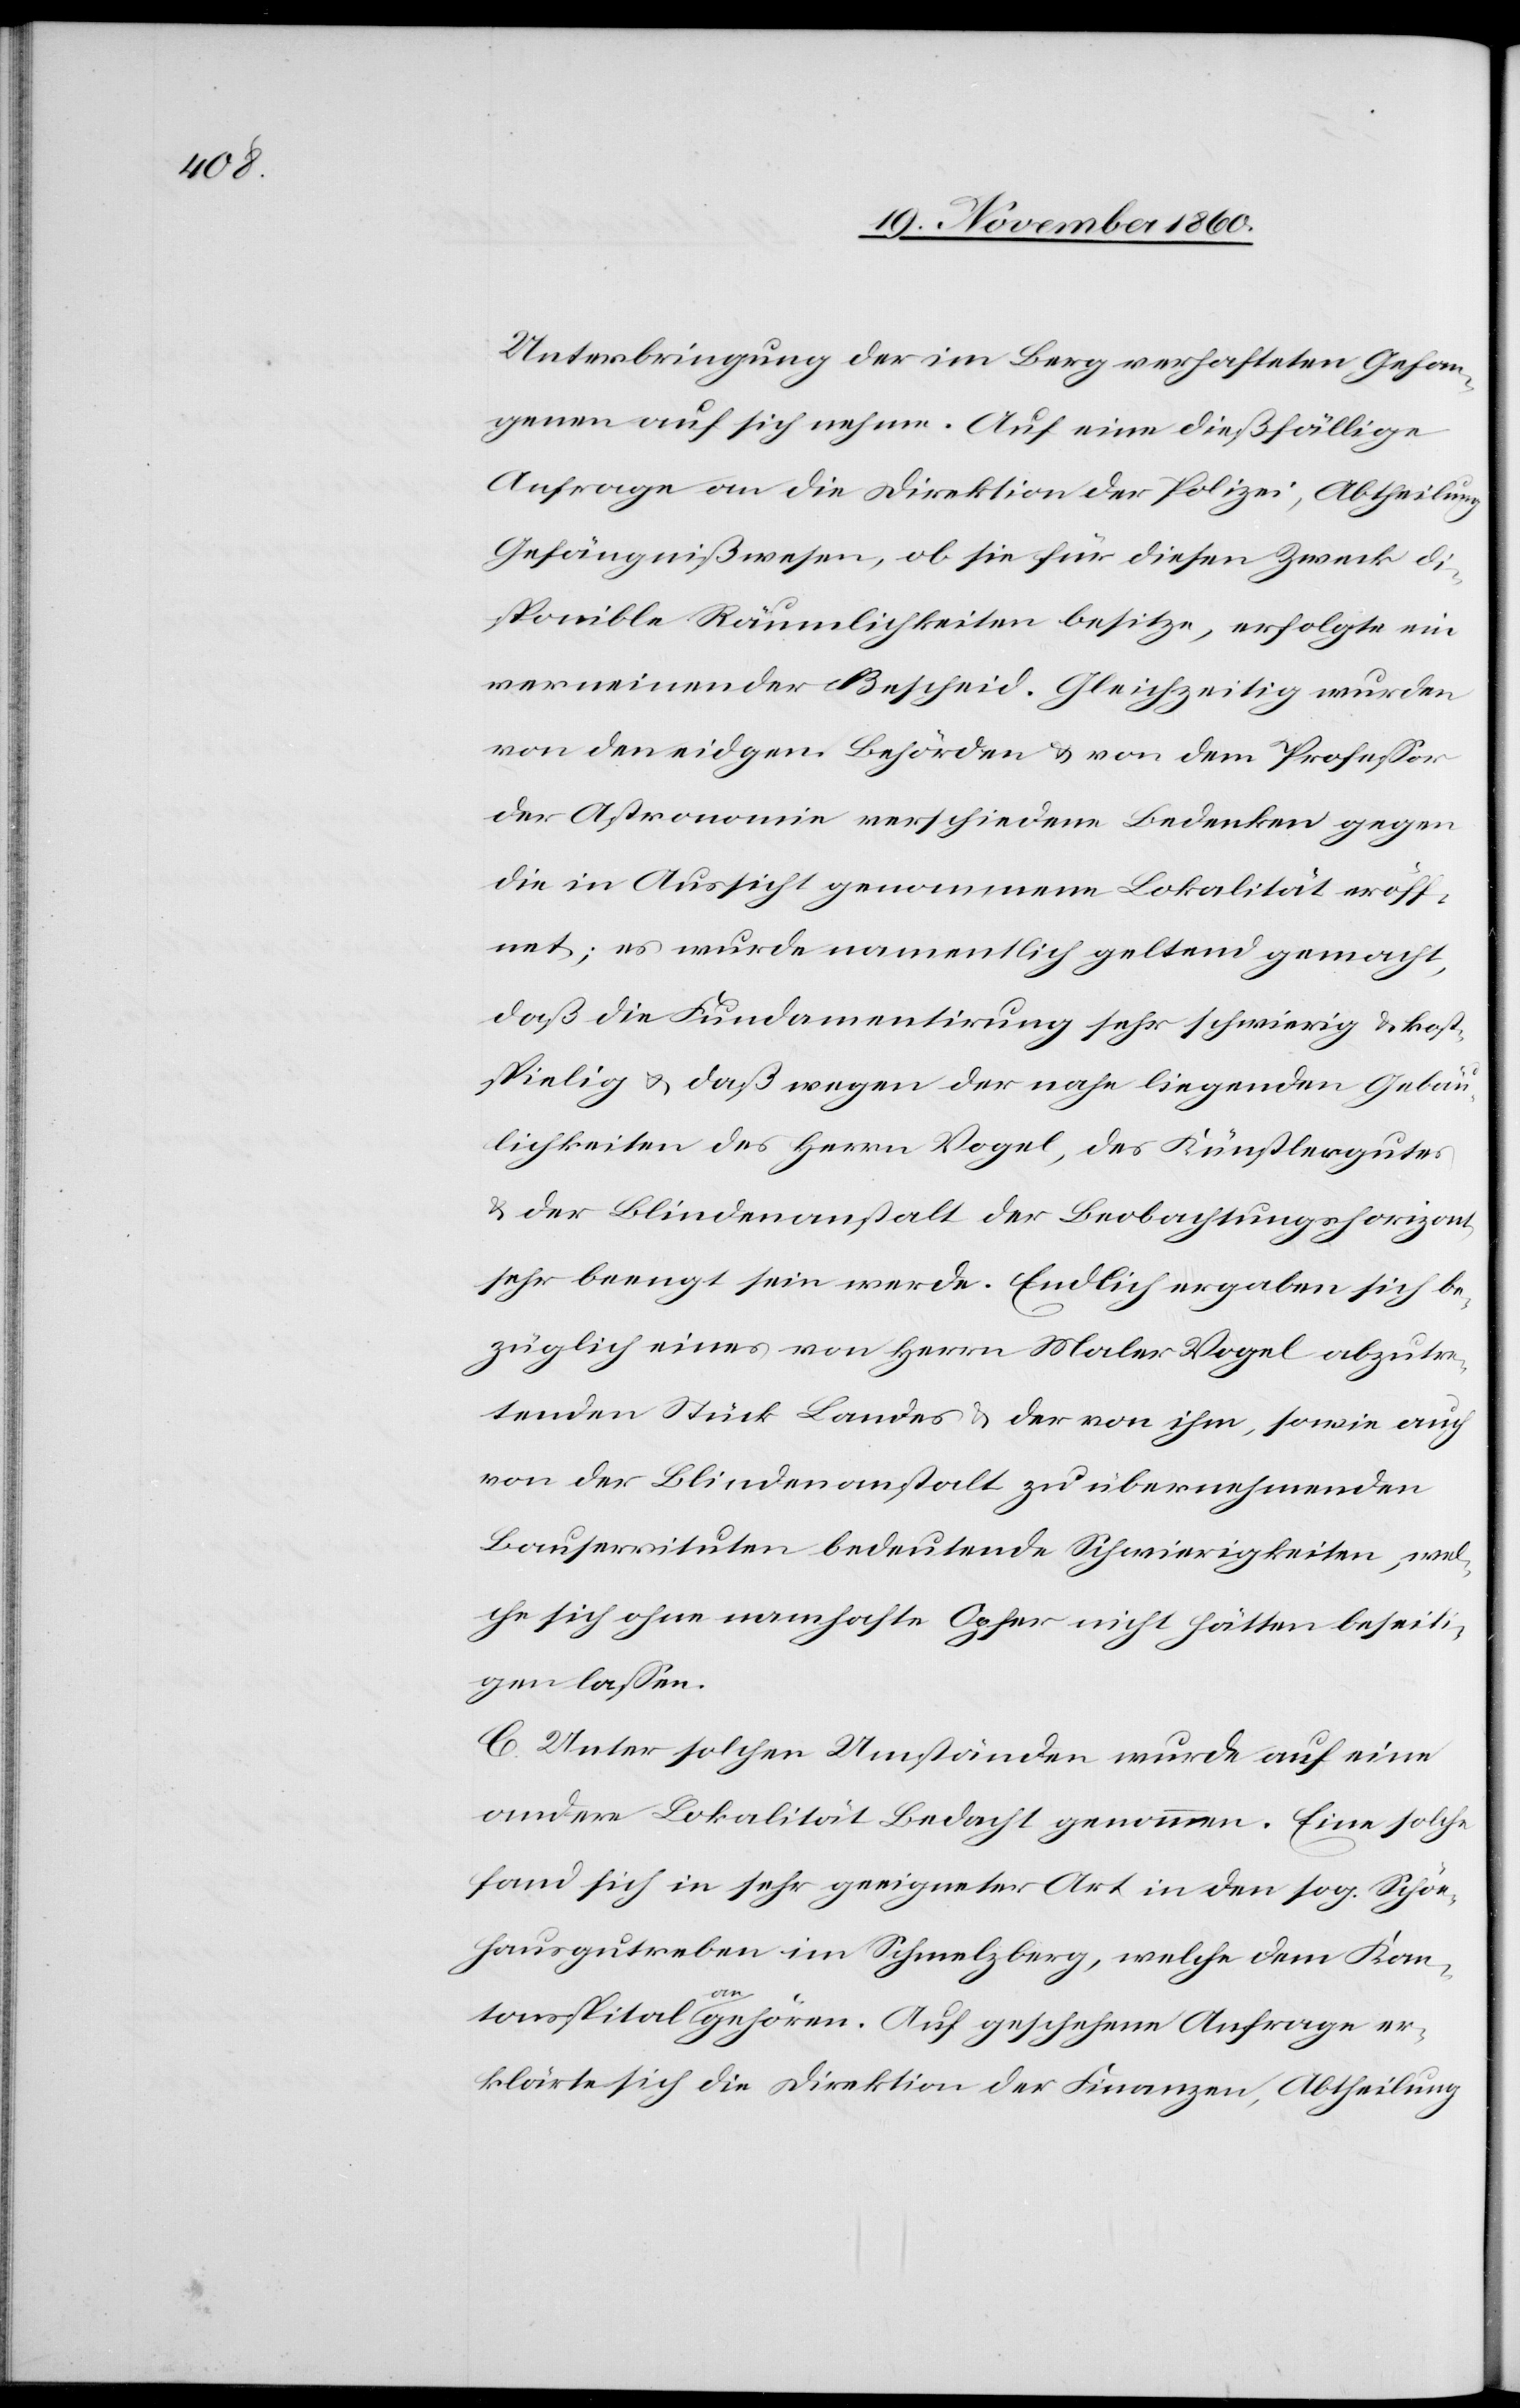
Unterbringung der im Berg verhafteten Gefan¬
genen auf sich nehme. Auf eine dießfällige
Anfrage an die Direktion der Polizei, Abtheilung
Gefängnißwesen, ob sie für diesen Zweck di¬
sponible Räumlichkeiten besitze, erfolgte ein
verneinender Bescheid. Gleichzeitig wurden
von den eidgen. Behörden u. von dem Professor
der Astronomie verschiedene Bedenken gegen
die in Aussicht genommene Lokalität eröff¬
net; es wurde namentlich geltend gemacht,
daß die Fundametirung sehr schwierig u. kost¬
spielig u. daß wegen der nahe liegenden Gebäu¬
lichkeiten des Herrn Vogel, des Künstlergutes
u. der Blindenanstalt der Beobachtungshorizont
sehr beengt sein werde. Endlich ergaben sich be¬
züglich eines von Herrn Maler Vogel abzutre¬
tenden Stück Landes u. der von ihm, sowie auch
von der Blindenanstalt zu übernehmenden
Bauservituten bedeutende Schwierigkeiten, wel¬
che sich ohne namhafte Opfer nicht hätten beseit¬
igen lassen.
C. Unter solchen Umständen wurde auf eine
andere Lokalität Bedacht genommen. Eine solche
fand sich in sehr geeigneter Art in den sog. Schön¬
hausgutreben im Schmelzberg, welche dem Kan¬
tonsspital angehören. Auf geschehene Anfrage er¬
klärte sich die Direktion der Finanzen, Abtheilung